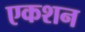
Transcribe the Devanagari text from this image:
एकशन